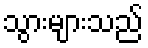
သွားများသည်